Report on plague and inoculation in the Punjab from October 1st ... to September 30th..., being the ... season of plague in the province
Disease focus: Plague
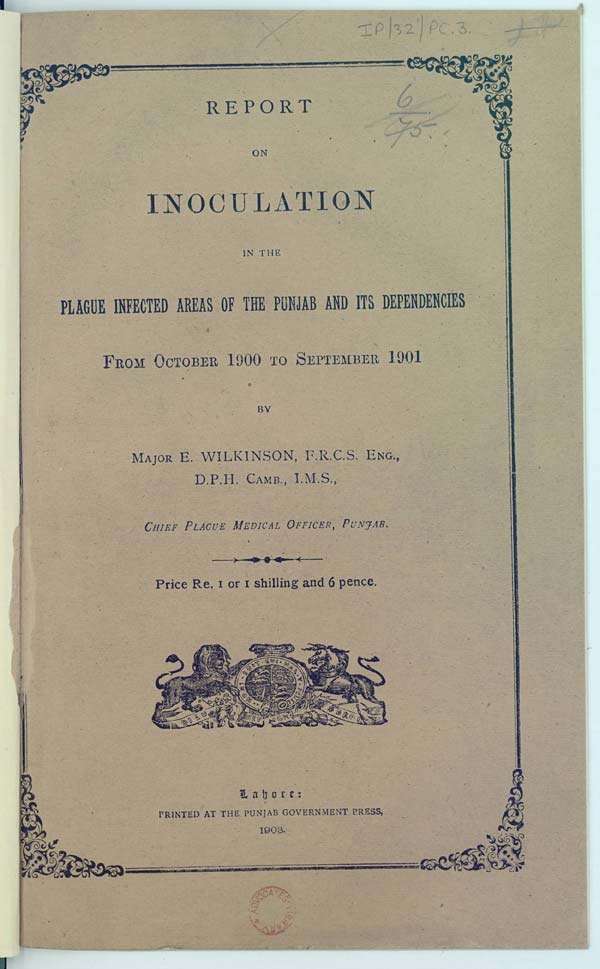
REPORT
ON
INOCULATION
IN THE
PLAGUE INFECTED AREAS OF THE PUNJAB AND ITS DEPENDENCIES
FROM OCTOBER 1900 TO SEPTEMBER 1901
BY
MAJOR E. WILKINSON, F.R.C.S. ENG.,
D.P.H. CAMB., I.M.S.,
CHIEF PLAGUE MEDICAL OFFICER, PUNJAB.
Price Re. 1 or 1 shilling and 6 pence.
Lahore:
PRINTED AT THE PUNJAB GOVERNMENT PRESS,
1903.